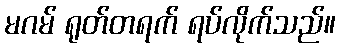
မဂမ် ရုတ်တရက် ရပ်လိုက်သည်။